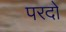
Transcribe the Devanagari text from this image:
परदो